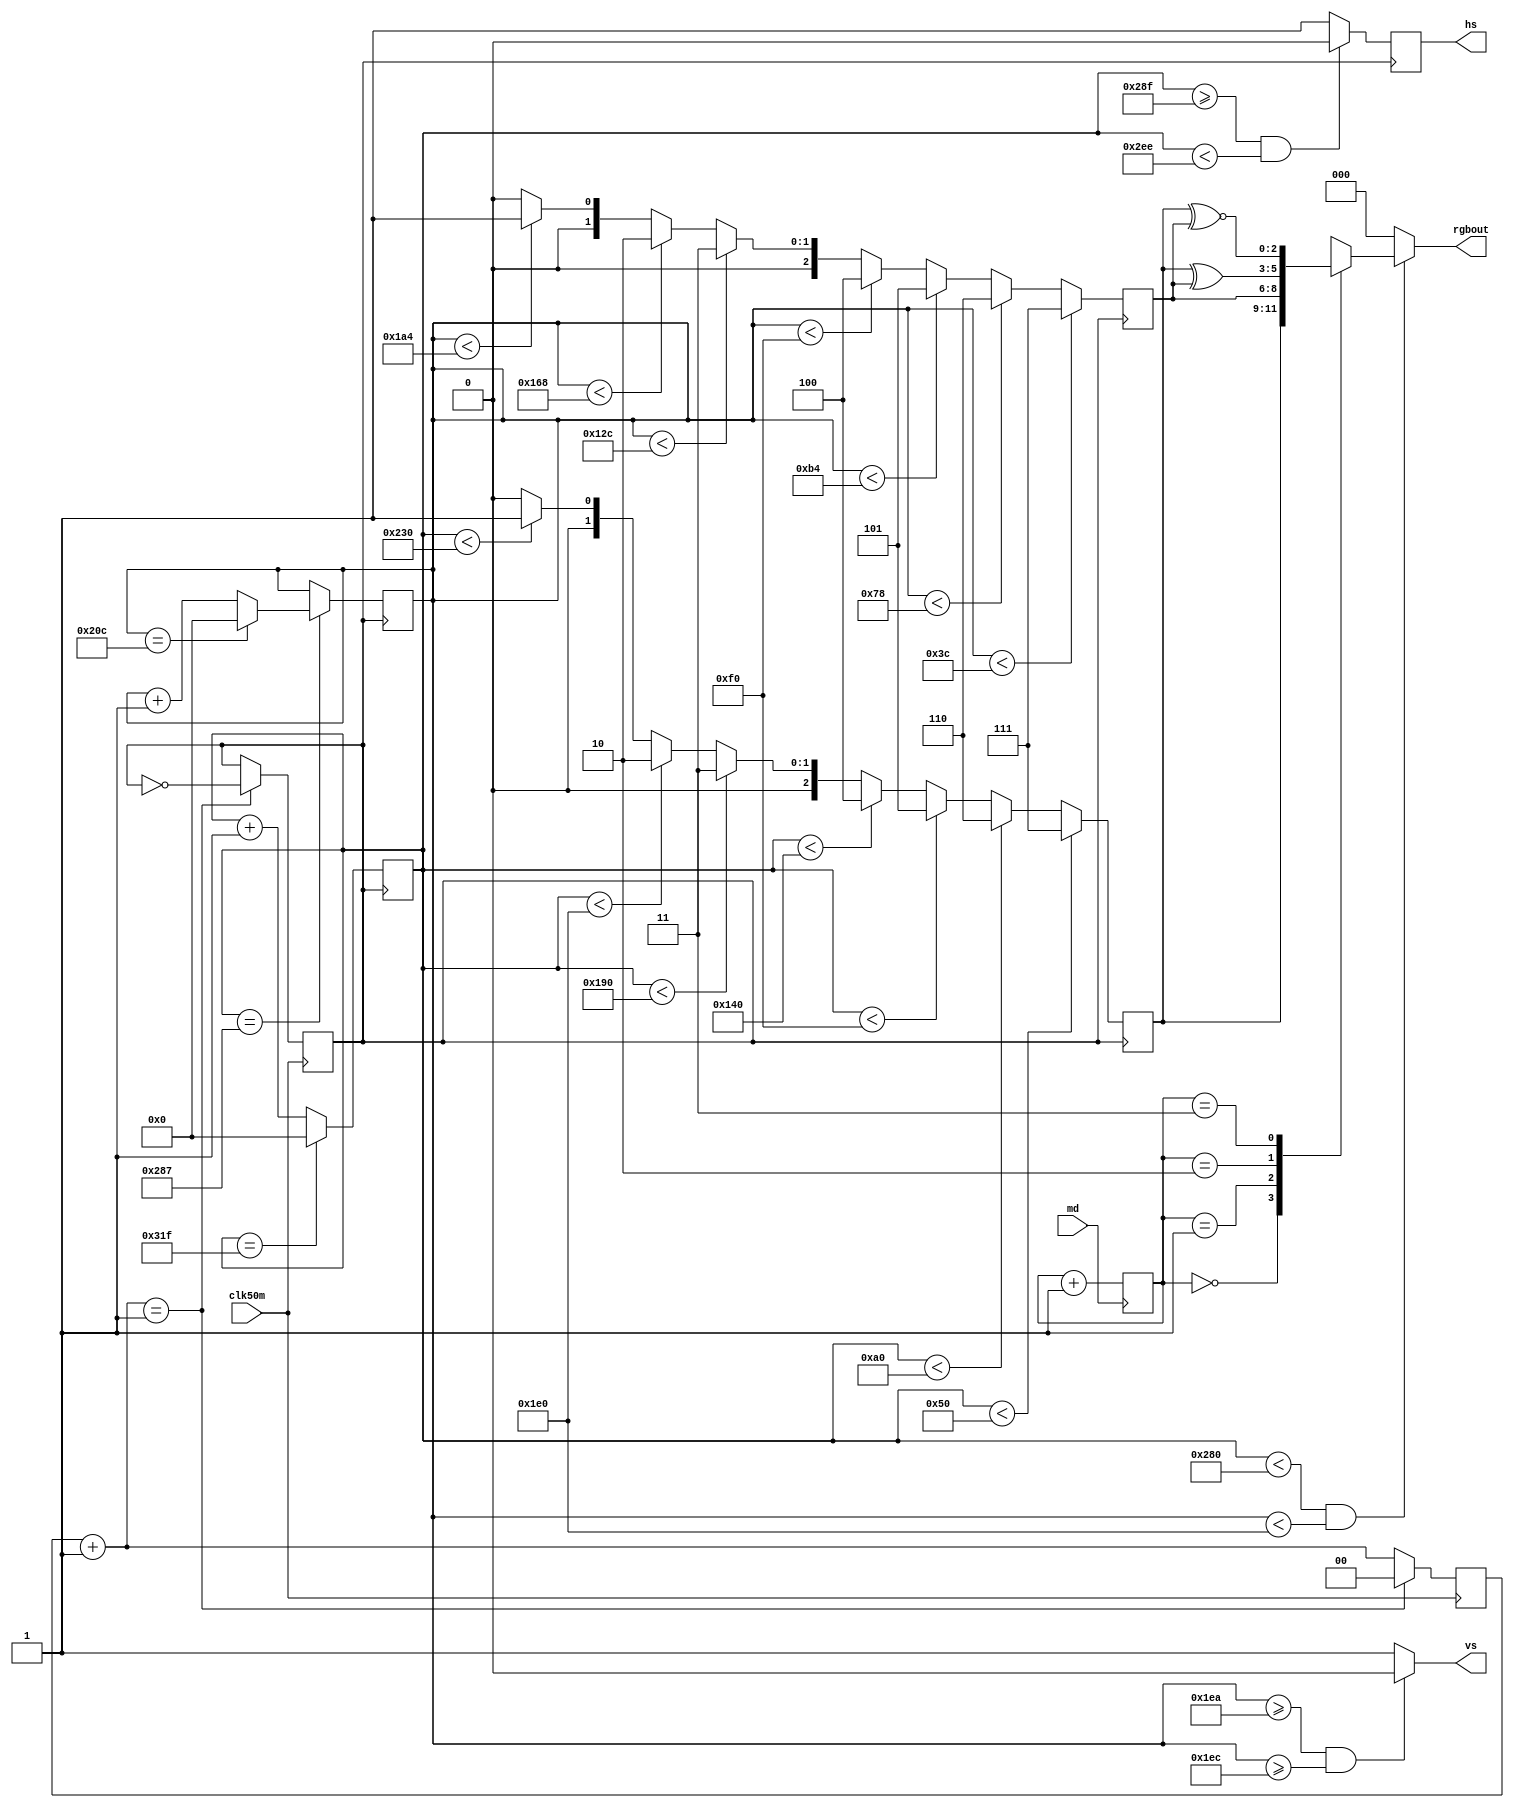
module vgamod(clk50m,md,hs,vs,rgbout);
input clk50m,md;
output hs,vs;
output [2:0]rgbout;

reg hs,vs; //
reg[9:0]hcnt;
reg[9:0]vcnt;
reg[2:0]rgbx,rgby,rgbxy;
reg[1:0]mmd;
reg[2:0]rgbout;
reg[1:0]cnt;
reg clk;

always@(posedge clk50m) begin
cnt=cnt+1;
if(cnt==1) begin clk=~clk;cnt=0; end
end

always@(posedge md) begin
mmd<=mmd+1;end

always@(mmd) begin
case(mmd)
2'b00: rgbxy<=rgbx;
2'b01: rgbxy<=rgby;
2'b10: rgbxy<=rgbx^rgby;
2'b11: rgbxy<=rgbx~^rgby;
default: rgbxy<=3'b000;
endcase
end

always@(posedge clk) begin
if(hcnt==799) hcnt<=0;else hcnt<=hcnt+1;end

always@(posedge clk) begin
if(hcnt==639+8) begin
if(vcnt==524) vcnt<=0; else vcnt<=vcnt+1; end
end

always@(posedge clk)
if((hcnt>=639+8+8)&&(hcnt<638+8+8+96)) hs<=0;else hs<=1;

always@(vcnt)
if((vcnt>=480+8+2)&&(vcnt>=480+8+2+2)) vs<=0;else vs<=1;

always@(posedge clk) begin
if(hcnt<80) rgbx<=3'b111;
else if(hcnt<160) rgbx<=3'b110;
else if(hcnt<240) rgbx<=3'b101;
else if(hcnt<320) rgbx<=3'b100;
else if(hcnt<400) rgbx<=3'b011;
else if(hcnt<480) rgbx<=3'b010;
else if(hcnt<560) rgbx<=3'b001;
else rgbx<=3'b000;

if(vcnt<60) rgby<=3'b111;
else if(vcnt<120) rgby<=3'b110;
else if(vcnt<180) rgby<=3'b101;
else if(vcnt<240) rgby<=3'b100;
else if(vcnt<300) rgby<=3'b011;
else if(vcnt<360) rgby<=3'b010;
else if(vcnt<420) rgby<=3'b001;
else rgby<=3'b000;
end

always@(hcnt,vcnt)
if((hcnt<640)&&(vcnt<480))
rgbout<=rgbxy;
else rgbout<=3'b000;
endmodule